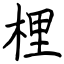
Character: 梩